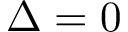
\Delta = 0